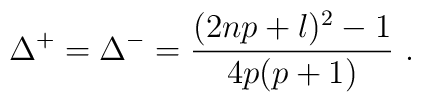
\Delta ^{+}=\Delta ^{-}=\displaystyle\frac{(2np+l)^{2}-1}{4p(p+1)}\, \, .